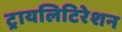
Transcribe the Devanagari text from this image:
ट्रायलिटिरेशन